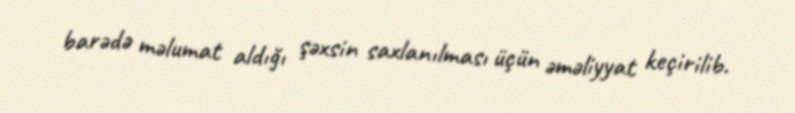
barədə məlumat aldığı şəxsin saxlanılması üçün əməliyyat keçirilib.